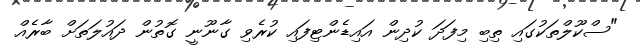
"ސްކޫލްތަކުގައި ތިބި މިފަދަ ކުދިން އައިޑެންޓިފައި ކުރެވި ގާނޫނީ ގޮތުން ދައުލަތަށް ބާރެއް